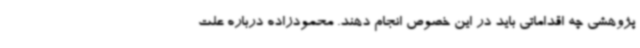
پژوهشی چه اقداماتی باید در این خصوص انجام دهند. محمودزاده درباره علت